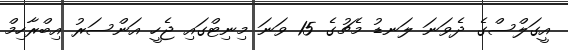
އީގަލްސްގެ ދެވަނަ ލަނޑު މެޗުގެ 15 ވަނަ މިނިޓްގައި ޖެހީ އަންސަރު އިބްރާހިމް